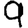
Digit: 9